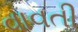
વાવતી